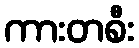
ကားတစီး